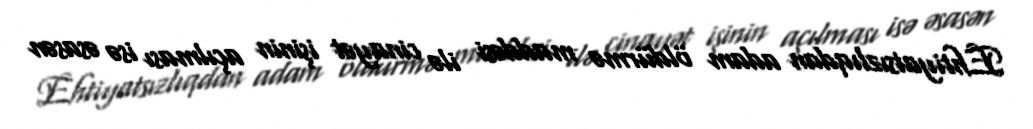
Ehtiyatsızlıqdan adam öldürmə maddəsi ilə cinayət işinin açılması isə əsasən